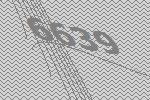
6639